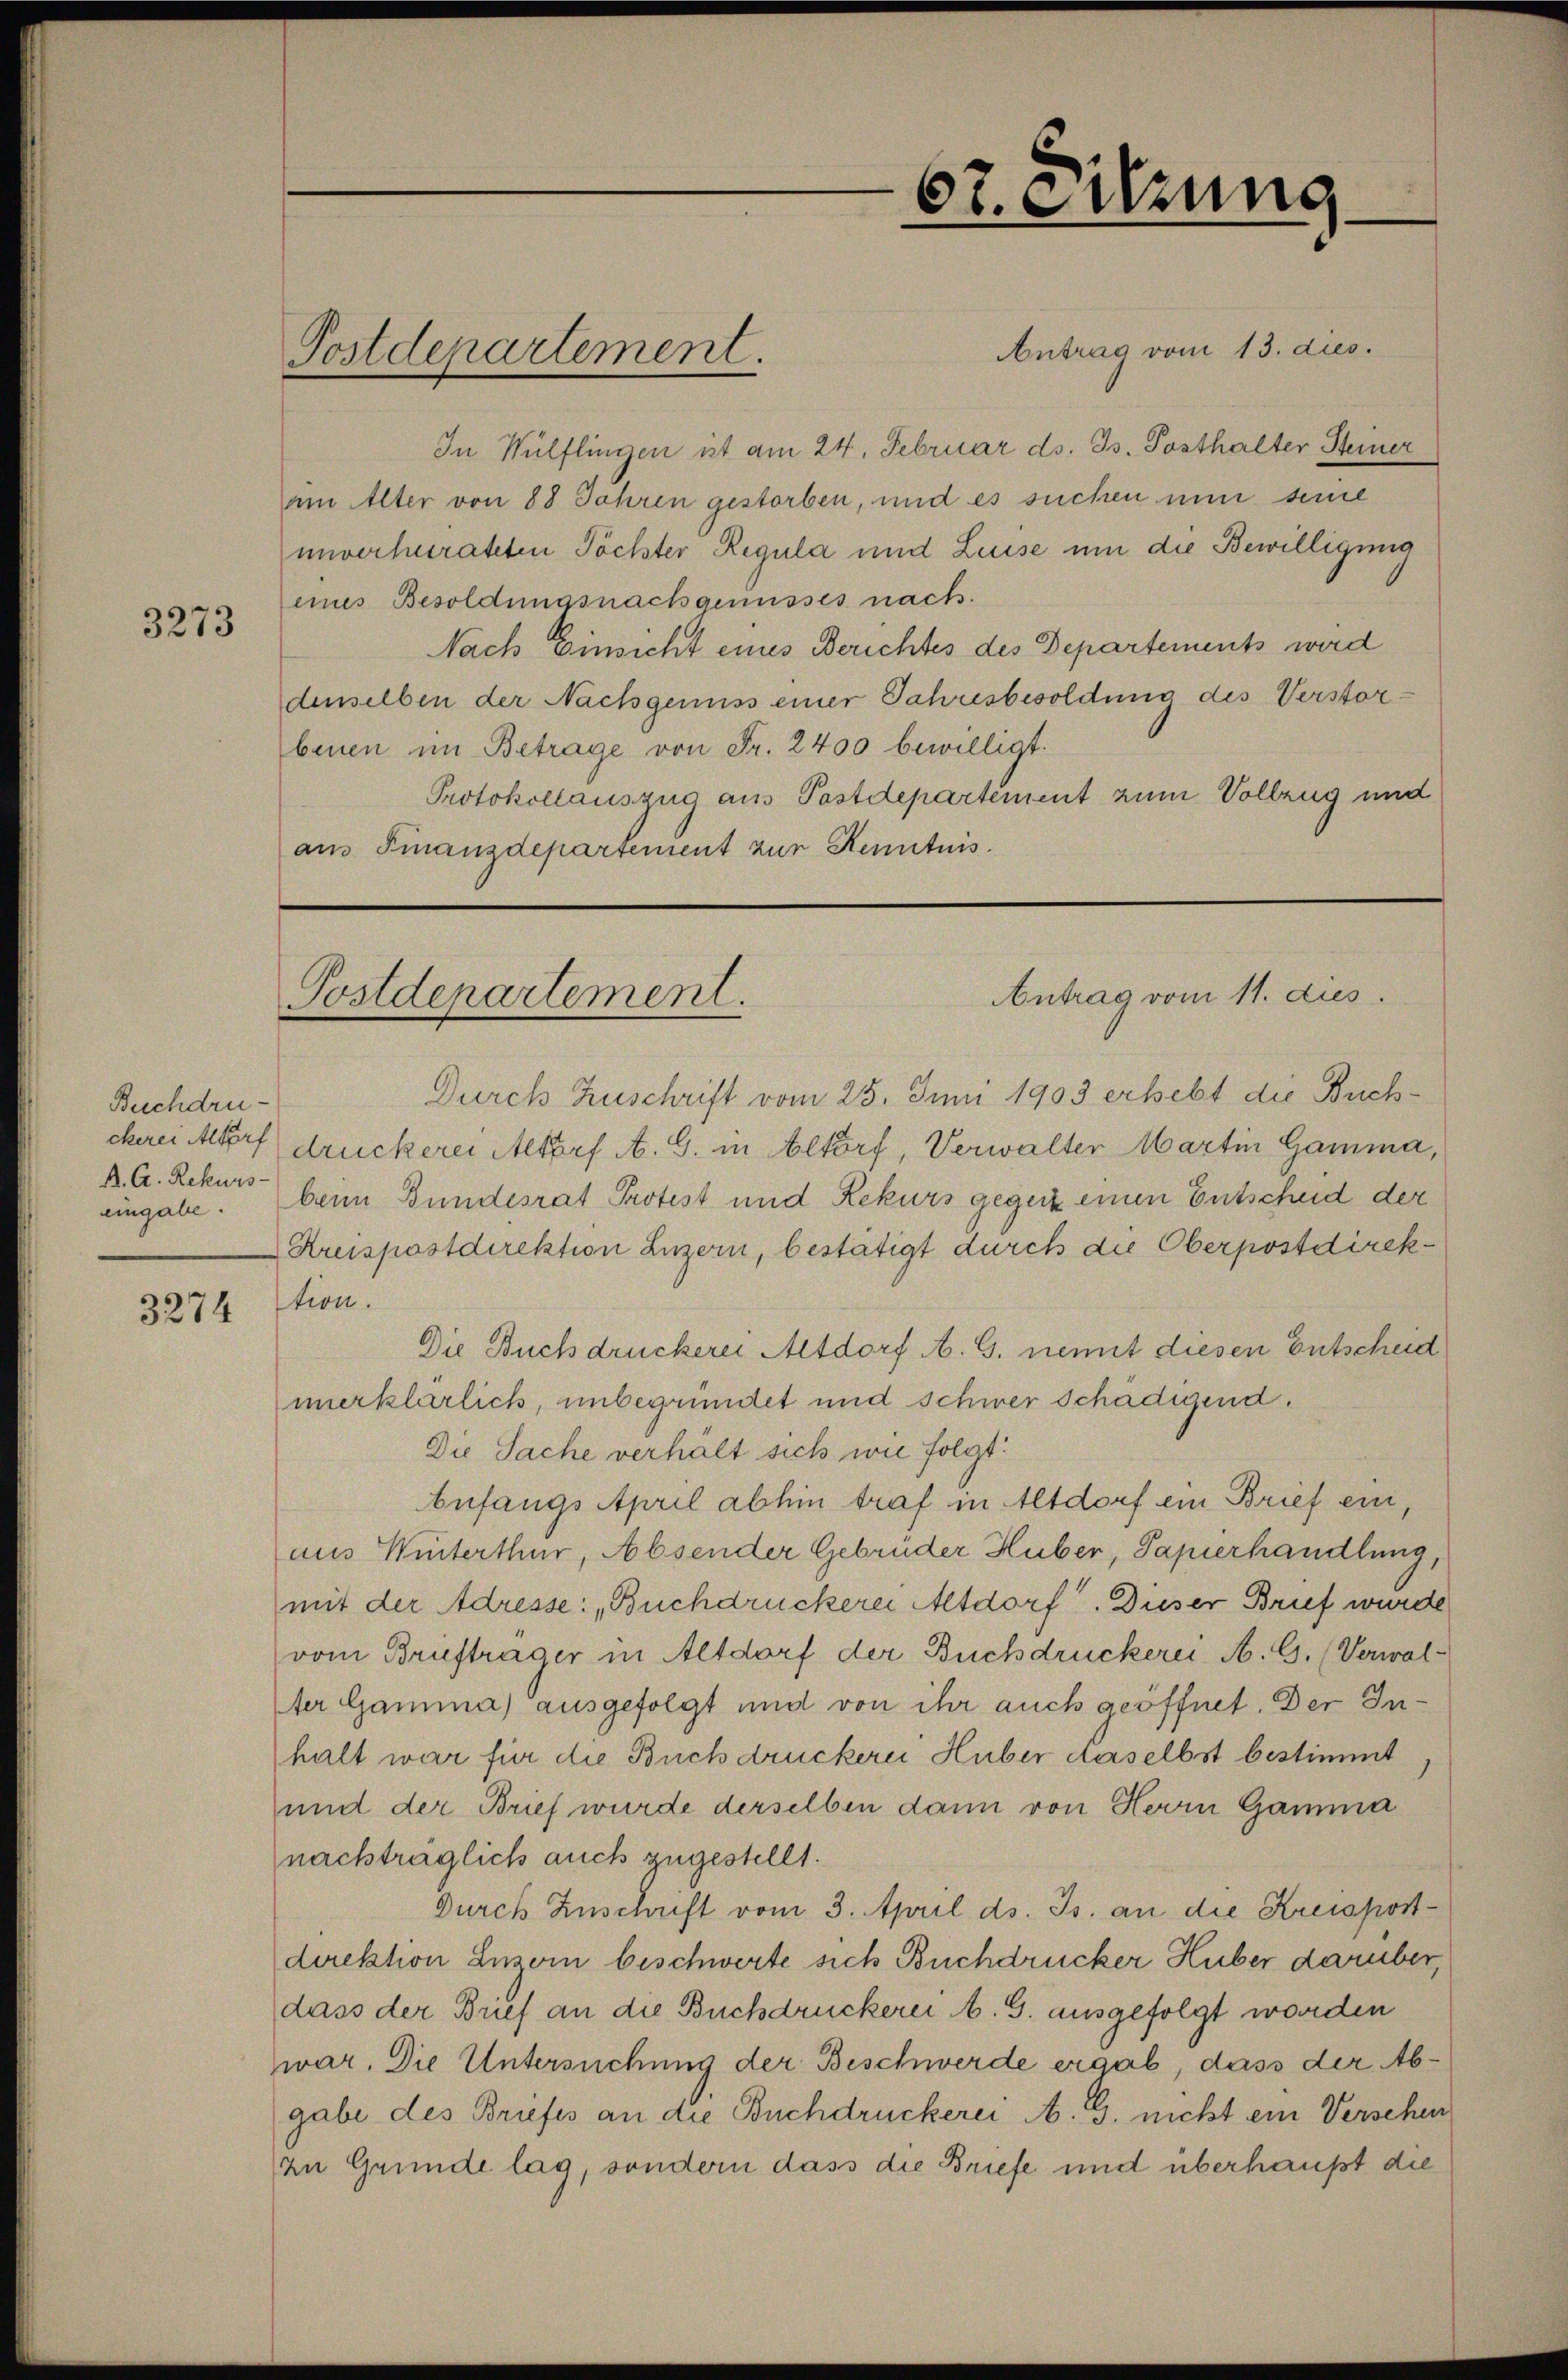
3273

Buchdruckerei Altorf
A. A. Rekurs
eingabe.

3274

Postdepartement.

67. Sitzung

Antrag vom 13. dies.
In Wülflingen ist am 24. Februar ds. Js. Posthalter Steiner
am Alter von 88 Jahren gestorben, und es suchen nun seine
unverheirateten Töchter Regula und Luise um die Bewilligung
eines Besoldungsnachgenusses nach.
Nach Einsicht eines Berichtes des Departements wird
denselben der Nachgenuss einer Jahresbesoldung des Verstorbenen im Betrage von Fr. 2400 bewilligt.
Protokollauszug aus Postdepartement zum Vollzug und
aus Finanzdepartement zur Kenntnis.

Antrag vom 11. dies
Postdepartement.

Durch Zuschrift vom 25. Juni 1903 erhebt die Buchdruckerei Altorf A. G. in Altorf, Verwalter Martin Gamma,
beim Bundesrat Protest und Rekurs gegenz einen Entscheid der
Kreispostdirektion Luzern, bestätigt durch die Oberpostdirektion.
Die Buchdruckerei Altdorf A. G. nennt diesen Entscheid
unerklärlich, unbegründet und schwer schädigend.
Die Sache verhält sich wie folgt:
befangs April abhin traf in Altdorf ein Brief ein,
aus Winterthur, Absender Gebrüder Huber, Papierhandlung,
mit der Adresse: „Buchdruckerei Altdorf. Dieser Brief wurde
vom Briefträger in Altdorf der Buchdruckerei A. G. (Verwal-
ter Gamma) ausgefolgt und von ihr auch geöffnet. Der Inhalt war für die Buchdruckern Huber daselbst bestimmt
und der Brief wurde derselben dann von Herrn Gamma
nachträglich auch zugestellt.
Durch Zuschrift vom 3. April ds. Js. an die Kreispostdirektion Lusoin beschwerte sich Buchdrucker Huber darüber,
dass der Brief an die Buchdruckerei A. G. ausgefolgt worden
war. Die Untersuchung der Beschwerde ergab, dass der Abgabe des Briefes an die Buchdruckerei A. G. nicht ein Versehen
In Gründe lag, sondern dass die Briefe und überhaupt die